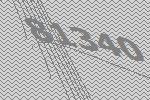
81340